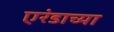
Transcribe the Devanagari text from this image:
एरंडाच्या